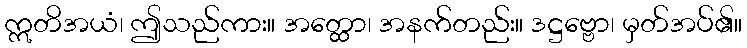
ဣတိအယံ၊ ဤသည်ကား။ အတ္ထော၊ အနက်တည်း။ ဒဋ္ဌဗ္ဗော၊ မှတ်အပ်၏။